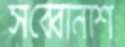
সব্বোনাশ